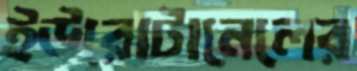
ইউরোটানেলের